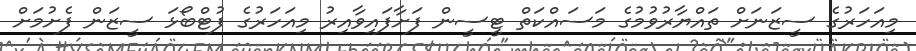
މިއަހަރުގެ ސީޒަނަށް ތައްޔާރުވުމުގެ މަސައްކަތް ޓީސީން ފަށާފައިވާއިރު މިއަހަރުގެ ފުޓްބޯޅަ ސީޒަން ފެށުމަށް